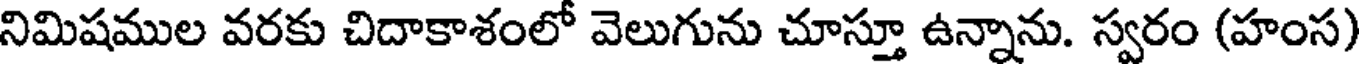
నిమిషముల వరకు చిదాకాశంలో వెలుగును చూస్తూ ఉన్నాను. స్వరం (హంస)